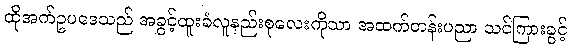
ထိုအက်ဥပဒေသည် အခွင့်ထူးခံလူနည်းစုလေးကိုသာ အထက်တန်းပညာ သင်ကြားခွင့်